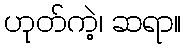
ဟုတ်ကဲ့၊ ဆရာ။